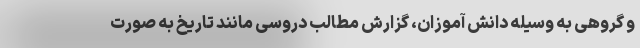
و گروهی به وسیله دانش آموزان، گزارش مطالب دروسی مانند تاریخ به صورت